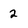
Character: 2